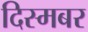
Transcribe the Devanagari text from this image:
दिस्मबर